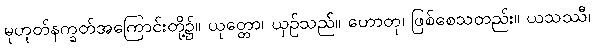
မုဟုတ်နက္ခတ်အကြောင်းတို့၌။ ယုတ္တော၊ ယှဉ်သည်။ ဟောတု၊ ဖြစ်စေသတည်း။ ယသဿီ၊